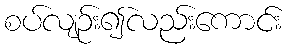
စပ်လျဉ်း၍လည်းကောင်း